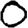
Digit: 0